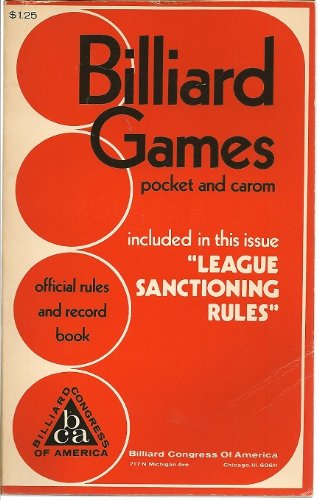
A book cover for Official Rule and Record Book for All Pocket and Carom Billiard Games; Billiard Congress of America; Sports & Outdoors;